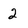
Character: 2